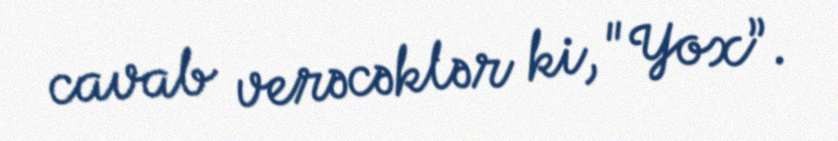
cavab verəcəklər ki, "Yox”.